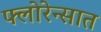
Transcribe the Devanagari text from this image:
फ्लोरेन्सात